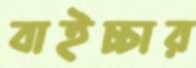
বাইচ্চার